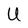
Character: U